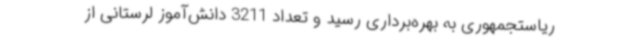
ریاستجمهوری به بهره‌برداری رسید و تعداد 3211 دانش‌آموز لرستانی از